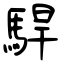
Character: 駻